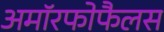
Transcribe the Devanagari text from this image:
अमॉरफोफैलस